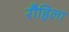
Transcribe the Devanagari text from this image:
रौहिला